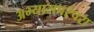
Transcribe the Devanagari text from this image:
अभ्यासपरंपरा